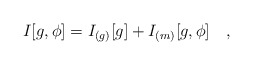
\begin{align*}I[g,\phi]=I_{(g)}[g]+I_{(m)}[g,\phi]~~~,\end{align*}